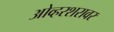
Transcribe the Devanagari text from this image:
ओव्हरशरावर